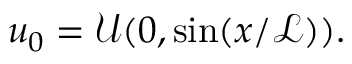
\boldsymbol { u } _ { 0 } = \mathcal { U } ( 0 , \sin ( x / \mathcal { L } ) ) .